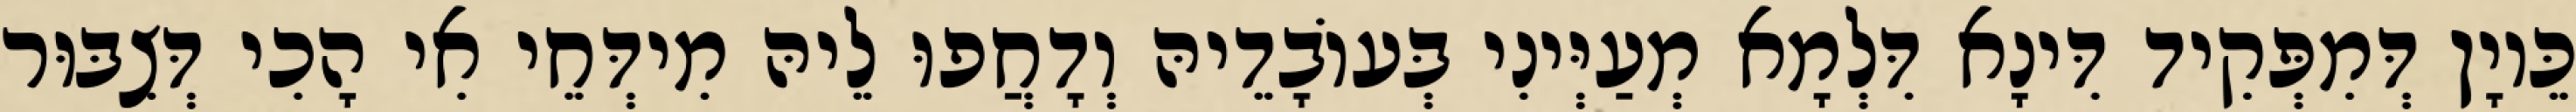
כֵּיוָן דְּמִפְּקִיד דִּינָא דִּלְמָא מְעַיְּינִי בְּעוֹבָדֵיהּ וְדָחֲפוּ לֵיהּ מִידְּחֵי אִי הָכִי דְּצִבּוּר